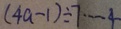
( 4 a - 1 ) \div 7 \cdots 4